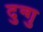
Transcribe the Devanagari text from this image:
दुन्गु